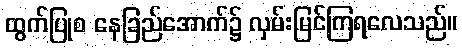
ထွက်ပြုစ နေခြည်အောက်၌ လှမ်းမြင်ကြရလေသည်။